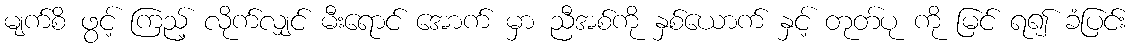
မျက်စိ ဖွင့် ကြည့် လိုက်လျှင် မီးရောင် အောက် မှာ ညီအစ်ကို နှစ်ယောက် နှင့် တုတ်ပု ကို မြင် ရ၍ ခံပြင်း